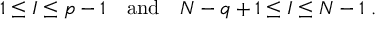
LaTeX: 1 \leq I \leq p - 1 \quad \mathrm { a n d } \quad N - q + 1 \leq I \leq N - 1 \; .